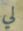
لي